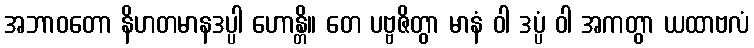
အဘာဝတော နိဟတမာနဒပ္ပါ ဟောန္တိ။ တေ ပဗ္ဗဇိတွာ မာနံ ဝါ ဒပ္ပံ ဝါ အကတွာ ယထာဗလံ